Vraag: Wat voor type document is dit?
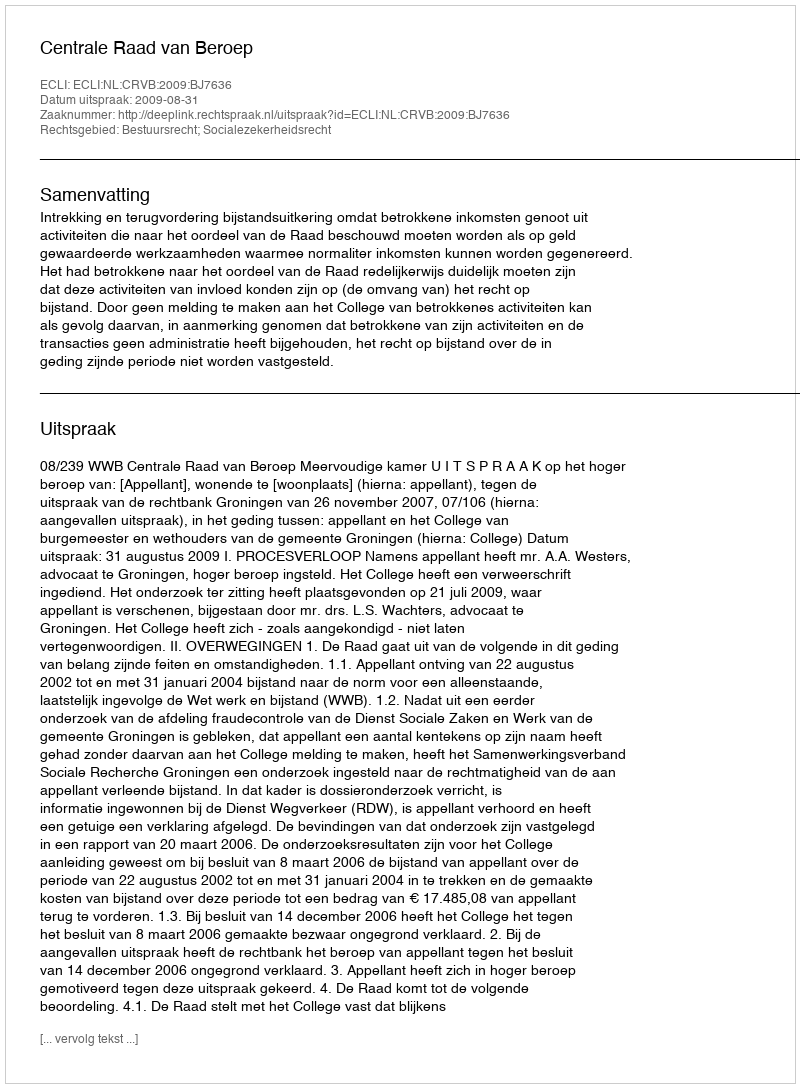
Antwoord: Uitspraak